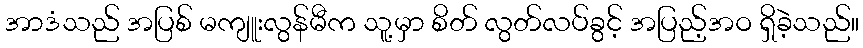
အာဒံသည် အပြစ် မကျူးလွန်မီက သူ့မှာ စိတ် လွတ်လပ်ခွင့် အပြည့်အဝ ရှိခဲ့သည်။